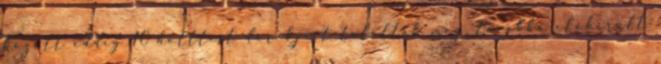
között eddig 10 holttest darabjait találták meg, továbbá előkerült